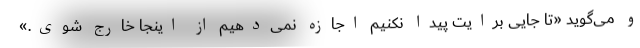
و می‌گوید «تا جایی برایت پیدا نکنیم اجازه نمی‌دهیم از اینجا خارج شوی.»